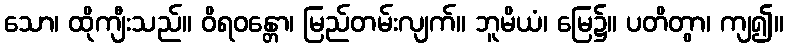
သော၊ ထိုကျီးသည်။ ဝိရဝန္တော၊ မြည်တမ်းလျက်။ ဘူမိယံ၊ မြေ၌။ ပတိတွာ၊ ကျ၍။